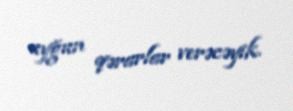
uyğun qərarlar verəcəyik.